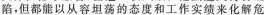
陷，但都能以从容坦荡的态度和工作实绩来化解危